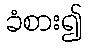
ခံစား၍